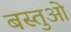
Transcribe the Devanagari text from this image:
बस्तुओ